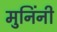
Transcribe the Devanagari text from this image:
मुनिंनी